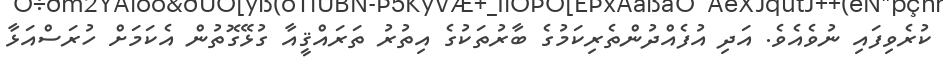
ކުރެވިފައި ނުވެއެވެ. އަދި އުފެއްދުންތެރިކަމުގެ ބާރުތަކުގެ އިތުރު ތަރައްޤީއާ ގުޅޭގޮތުން އެކަމަށް ހުރަސްއަޅާ